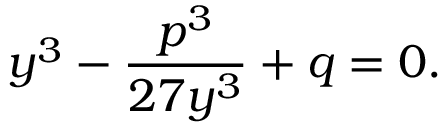
y ^ { 3 } - \frac { p ^ { 3 } } { 2 7 y ^ { 3 } } + q = 0 .